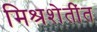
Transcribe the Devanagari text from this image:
मिश्रशेतींत